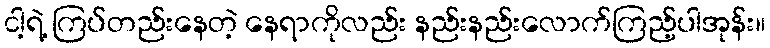
ငါ့ရဲ့ ကြပ်တည်းနေတဲ့ နေရာကိုလည်း နည်းနည်းလောက်ကြည့်ပါအုန်း။